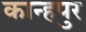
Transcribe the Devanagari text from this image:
कान्हपुर